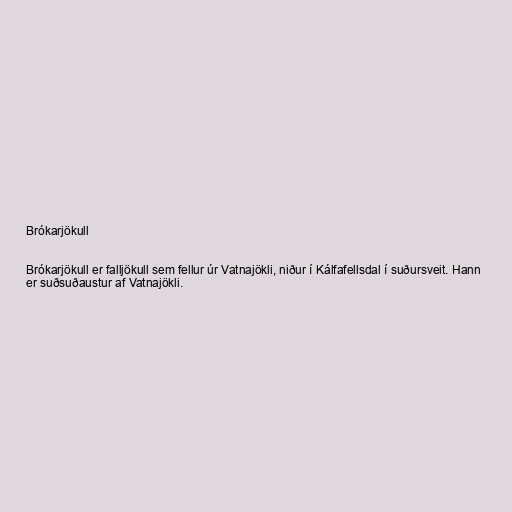
Brókarjökull

Brókarjökull er falljökull sem fellur úr Vatnajökli, niður í Kálfafellsdal í suðursveit. Hann
er suðsuðaustur af Vatnajökli.